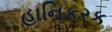
હાનિકરક